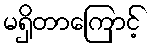
မရှိတာကြောင့်